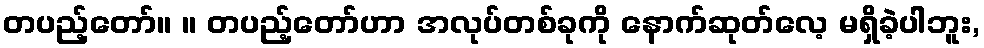
တပည့်တော်။ ။ တပည့်တော်ဟာ အလုပ်တစ်ခုကို နောက်ဆုတ်လေ့ မရှိခဲ့ပါဘူး,